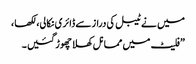
میں نے ٹیبل کی دراز سے ڈائری نکالی، لکھا ،
”فلیٹ میں مما نل کھلا چھوڑ گئیں ۔